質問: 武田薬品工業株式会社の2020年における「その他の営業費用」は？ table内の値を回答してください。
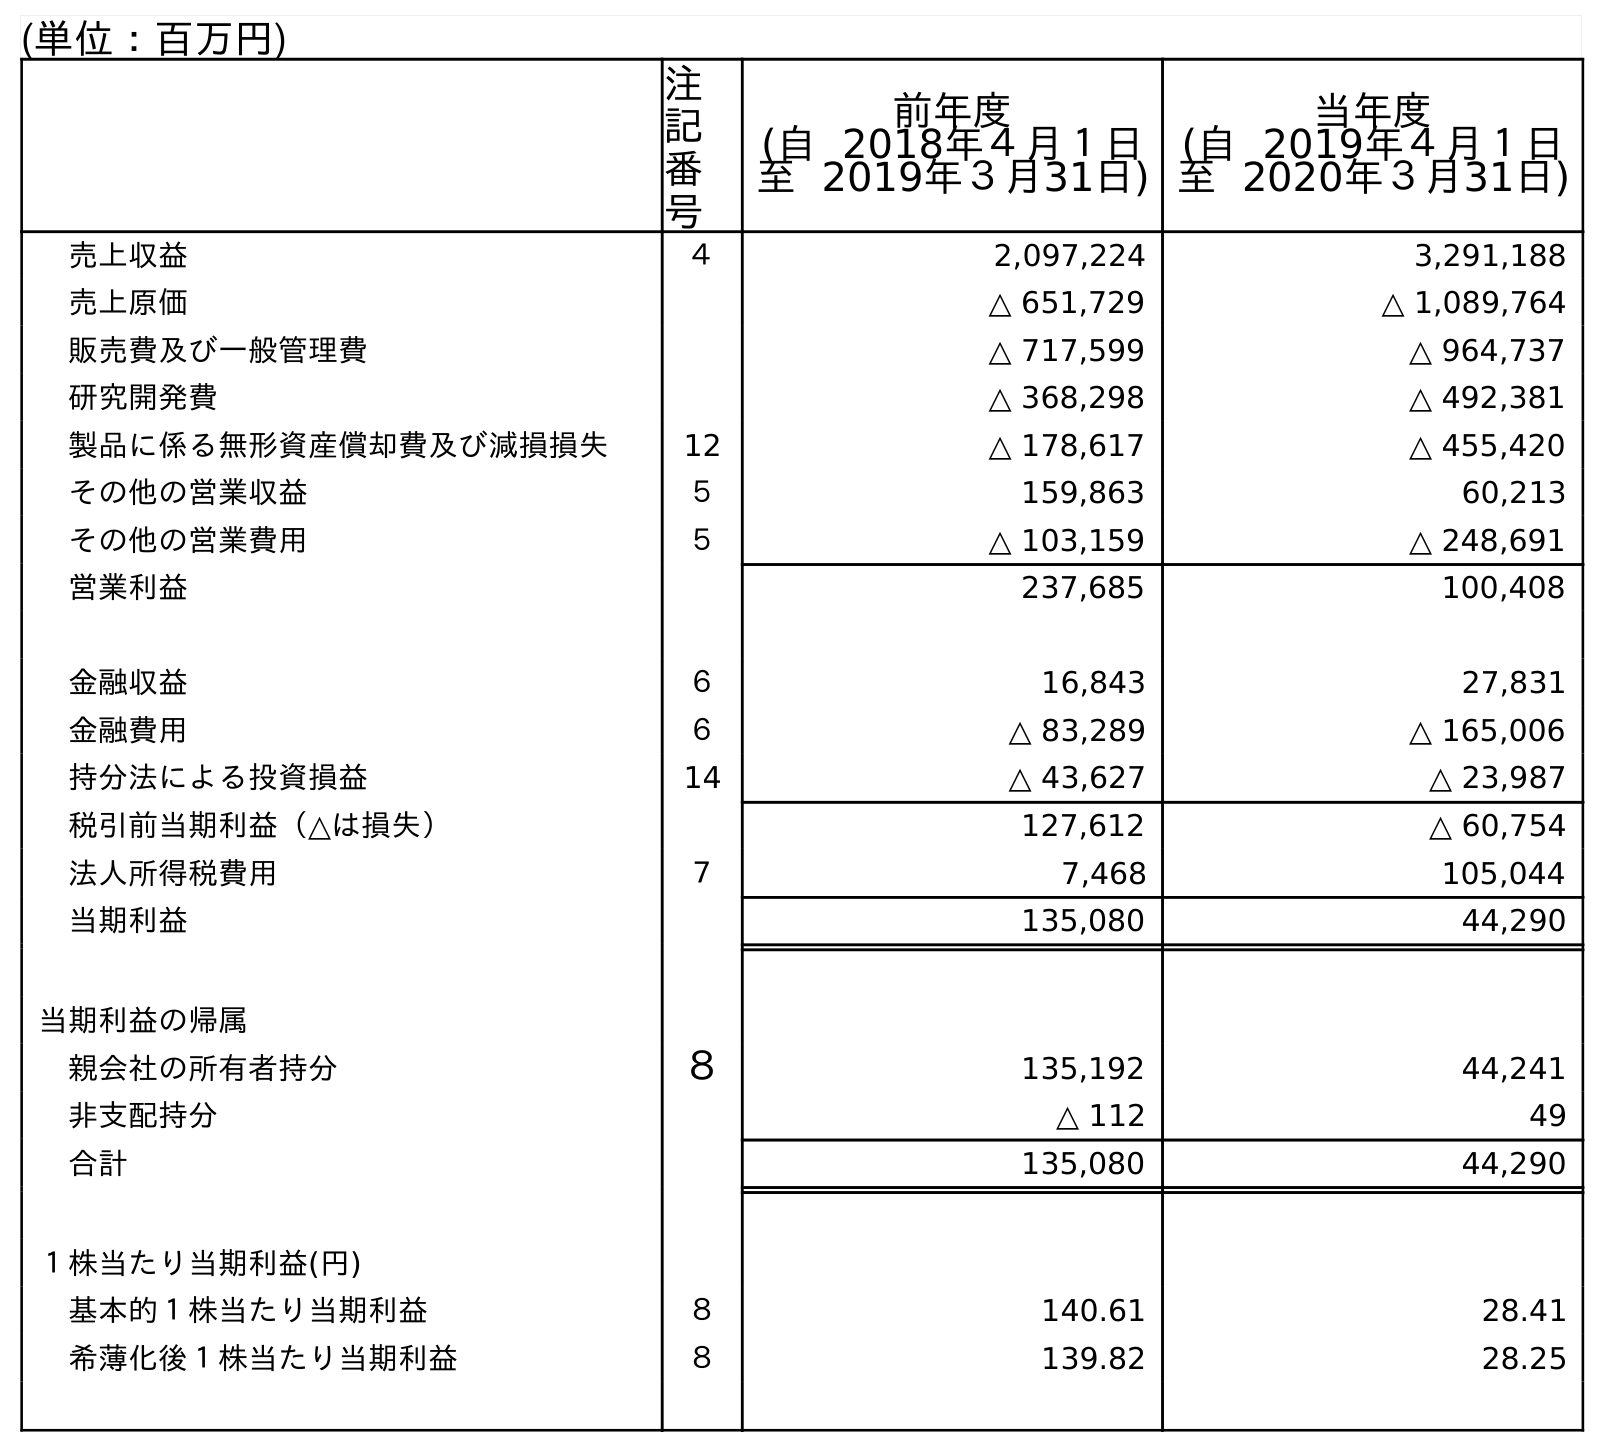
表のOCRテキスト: (単位：百万円) 注 記 番 号 前年度 (自 2018年４月１日 至 2019年３月31日) 当年度 (自 2019年４月１日 至 2020年３月31日) 売上収益 ４ 2,097,224 3,291,188 売上原価 △ 651,729 △ 1,089,764 販売費及び一般管理費 △ 717,599 △ 964,737 研究開発費 △ 368,298 △ 492,381 製品に係る無形資産償却費及び減損損失 12 △ 178,617 △ 455,420 その他の営業収益 ５ 159,863 60,213 その他の営業費用 ５ △ 103,159 △ 248,691 営業利益 237,685 100,408 金融収益 ６ 16,843 27,831 金融費用 ６ △ 83,289 △ 165,006 持分法による投資損益 14 △ 43,627 △ 23,987 税引前当期利益（△は損失） 127,612 △ 60,754 法人所得税費用 ７ 7,468 105,044 当期利益 135,080 44,290 当期利益の帰属 親会社の所有者持分 ８ 135,192 44,241 非支配持分 △ 112 49 合計 135,080 44,290 １株当たり当期利益(円) 基本的１株当たり当期利益 ８ 140.61 28.41 希薄化後１株当たり当期利益 ８ 139.82 28.25
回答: △248,691